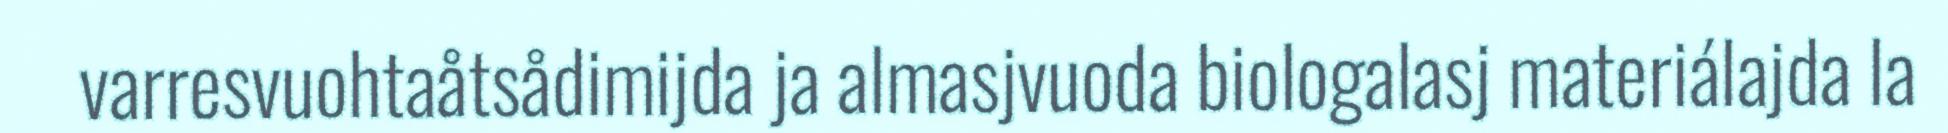
varresvuohtaåtsådimijda ja almasjvuoda biologalasj materiálajda la